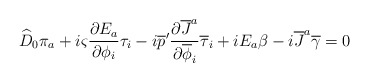
\begin{align*}\widehat{D}_0 \pi_a + i \varsigma{{\partial E_a}\over{\partial\phi_i}} \tau_i-i \overline{p}'{{\partial \overline{J}^a}\over{\partial\overline{\phi}_i}}\overline{\tau}_i+iE_a \beta -i \overline{J}^a \overline{\gamma} =0\end{align*}